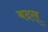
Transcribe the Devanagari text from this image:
बदल्